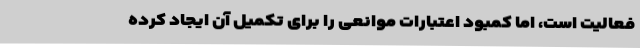
فعالیت است، اما کمبود اعتبارات موانعی را برای تکمیل آن ایجاد کرده